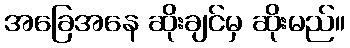
အခြေအနေ ဆိုးချင်မှ ဆိုးမည်။